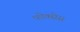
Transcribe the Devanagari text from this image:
फोक्सेस